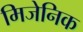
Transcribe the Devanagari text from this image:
मिजेनिक